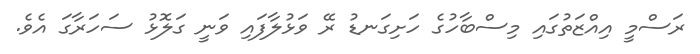
ރަސްމީ އިއްޒަތުގައި މިސްބާހުގެ ހަށިގަނޑު ރޭ ވަޅުލާފައި ވަނީ ގަލޮޅު ސަހަރާގަ އެވެ.